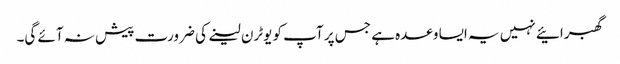
گھبرائیے نہیں یہ ایسا وعدہ ہے جس پر آپ کو یوٹرن لینے کی ضرورت پیش نہ آئے گی۔